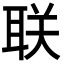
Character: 联